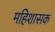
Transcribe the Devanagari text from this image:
महिशासक